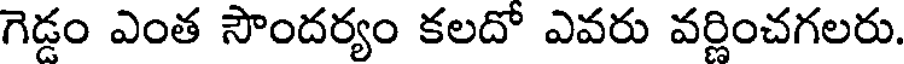
గెడ్డం ఎంత సౌందర్యం కలదో ఎవరు వర్ణించగలరు.